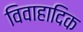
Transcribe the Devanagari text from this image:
विवाहादिक